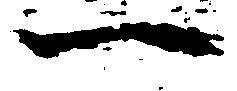
一